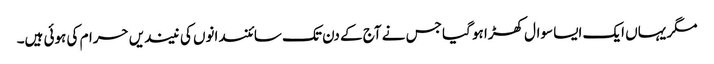
مگر یہاں ایک ایسا سوال کھڑا ہو گیا جس نے آج کے دن تک سائنسدانوں کی نیندیں حرام کی ہوئی ہیں۔